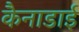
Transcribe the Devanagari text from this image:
कैनाडाई